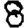
Digit: 8